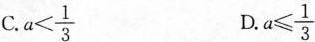
C. $$a < \frac { 1 } { 3 }$$ $$a \leq \frac { 1 } { 3 }$$